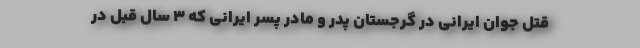
قتل جوان ایرانی در گرجستان پدر و مادر پسر ایرانی که ۳ سال قبل در